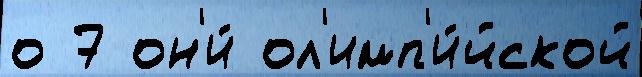
о 7 он'и́ ол'имп'и́йской